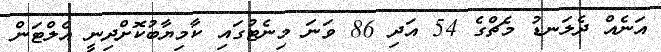
އަނެއް ދެލަނޑު މެޗްގެ 54 އަދި 86 ވަނަ މިނެޓުގައި ކާމިޔާބުކޮށްދިނީ އެލްޓަން